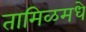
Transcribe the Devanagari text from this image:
तामिळमधे